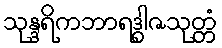
သုန္ဒရိကဘာရဒွါဇသုတ္တံ